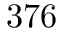
3 7 6